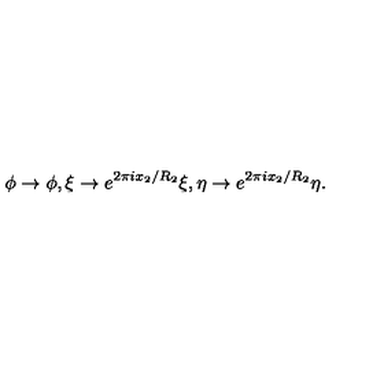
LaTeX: \phi \rightarrow \phi , \xi \rightarrow e ^ { 2 \pi i x _ { 2 } / R _ { 2 } } \xi , \eta \rightarrow e ^ { 2 \pi i x _ { 2 } / R _ { 2 } } \eta .